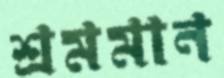
শ্রমমান